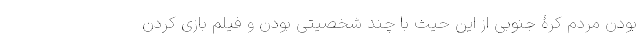
بودن مردم کرۀ جنوبی از این حیث با چند شخصیتی بودن و فیلم بازی کردن